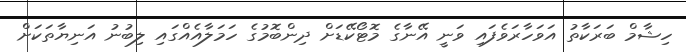
ހިޝާމް ބަރަކާތު އަވަހާރަވެފައި ވަނީ އޭނާގެ މޮޓޯކޭޑަށް ދިންބޮމުގެ ހަމަލާއެއްގައި ލިބުނު އަނިޔާތަކަށް